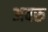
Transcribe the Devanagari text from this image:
अवरु